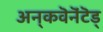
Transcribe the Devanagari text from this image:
अन्‌कवॆनॆंटॆड्